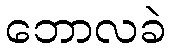
ဘောလခဲ